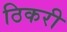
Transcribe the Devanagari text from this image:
ठिकरी